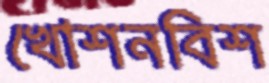
খোশনবিশ